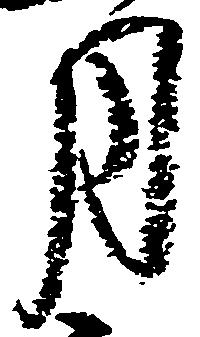
月